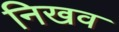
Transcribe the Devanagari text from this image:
निखव